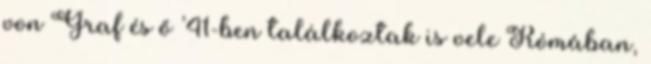
von Graf és ő ’41-ben találkoztak is vele Rómában,